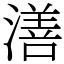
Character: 㵛